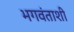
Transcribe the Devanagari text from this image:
भगवंताशी